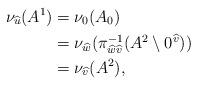
LaTeX: \begin{align*} \nu_{\widehat{u}}(A^{1}) ={} & \nu_{0}(A_{0}) \\ ={} & \nu_{\widehat{w}}(\pi_{\widehat{w}\widehat{v}}^{-1}(A^{2}\setminus 0^{\widehat{v}})) \\ ={} & \nu_{\widehat{v}}(A^{2}) , \end{align*}